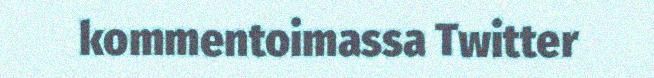
kommentoimassa Twitter